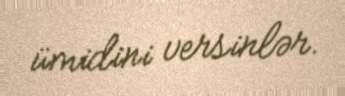
ümidini versinlər.